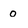
Character: 0